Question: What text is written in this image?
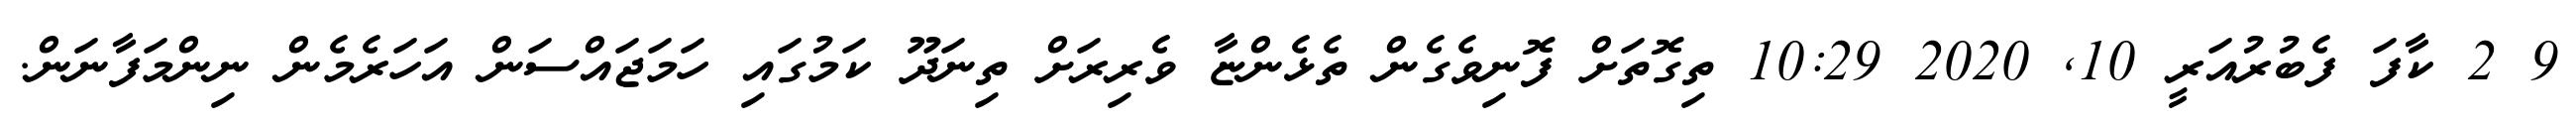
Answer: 9 2 ކާފަ ފެބުރުއަރީ 10, 2020 10:29 ތިގޮތަށް ފޮނިވެގެން ތެޅެންޏާ ވެރިރަށް ތިނަދޫ ކަމުގައި ހަމަޖައްސަން އަހަރެމެން ނިންމަފާނަން.